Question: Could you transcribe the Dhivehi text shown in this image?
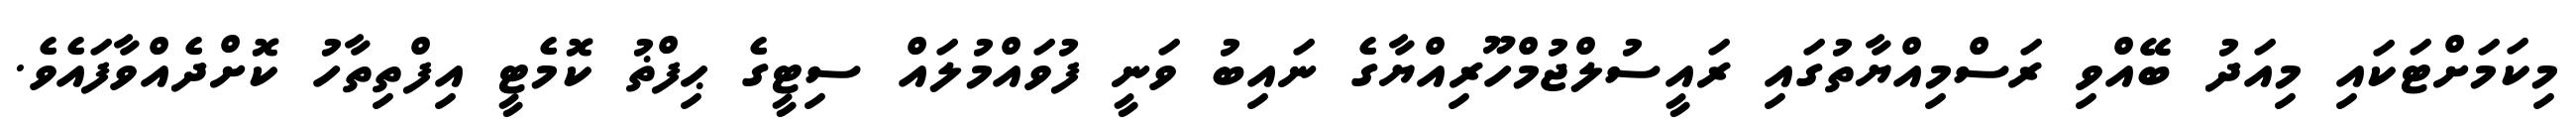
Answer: މިކަމަށްޓަކައި މިއަދު ބޭއްވި ރަސްމިއްޔާތުގައި ރައީސުލްޖުމްހޫރިއްޔާގެ ނައިބު ވަނީ ފުވައްމުލައް ސިޓީގެ ޙިފްޡު ކޮމެޓީ އިފްތިތާހު ކޮށްދެއްވާފައެވެ.